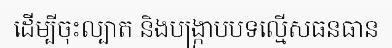
ដើម្បីចុះល្បាត និងបង្ក្រាបបទល្មើសធនធាន